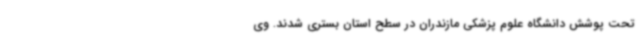
تحت پوشش دانشگاه علوم پزشکی مازندران در سطح استان بستری شدند. وی